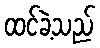
ထင်ခဲ့သည်